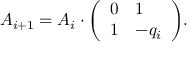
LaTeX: A _ { i + 1 } = A _ { i } \cdot { \left( \begin{array} { l l } { 0 } & { 1 } \\ { 1 } & { - q _ { i } } \end{array} \right) } .